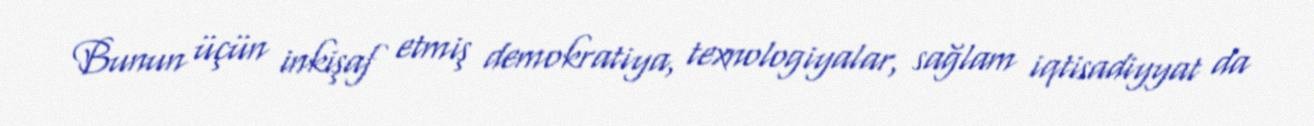
Bunun üçün inkişaf etmiş demokratiya, texnologiyalar, sağlam iqtisadiyyat da